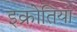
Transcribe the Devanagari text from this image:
इक्रोतिया